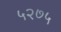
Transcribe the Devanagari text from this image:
५२७५